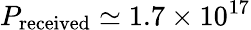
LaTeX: P_{\mathrm{received}}\simeq 1.7\times 10^{17}